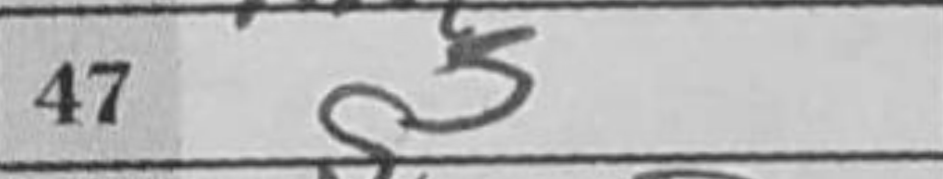
Transcription: f5